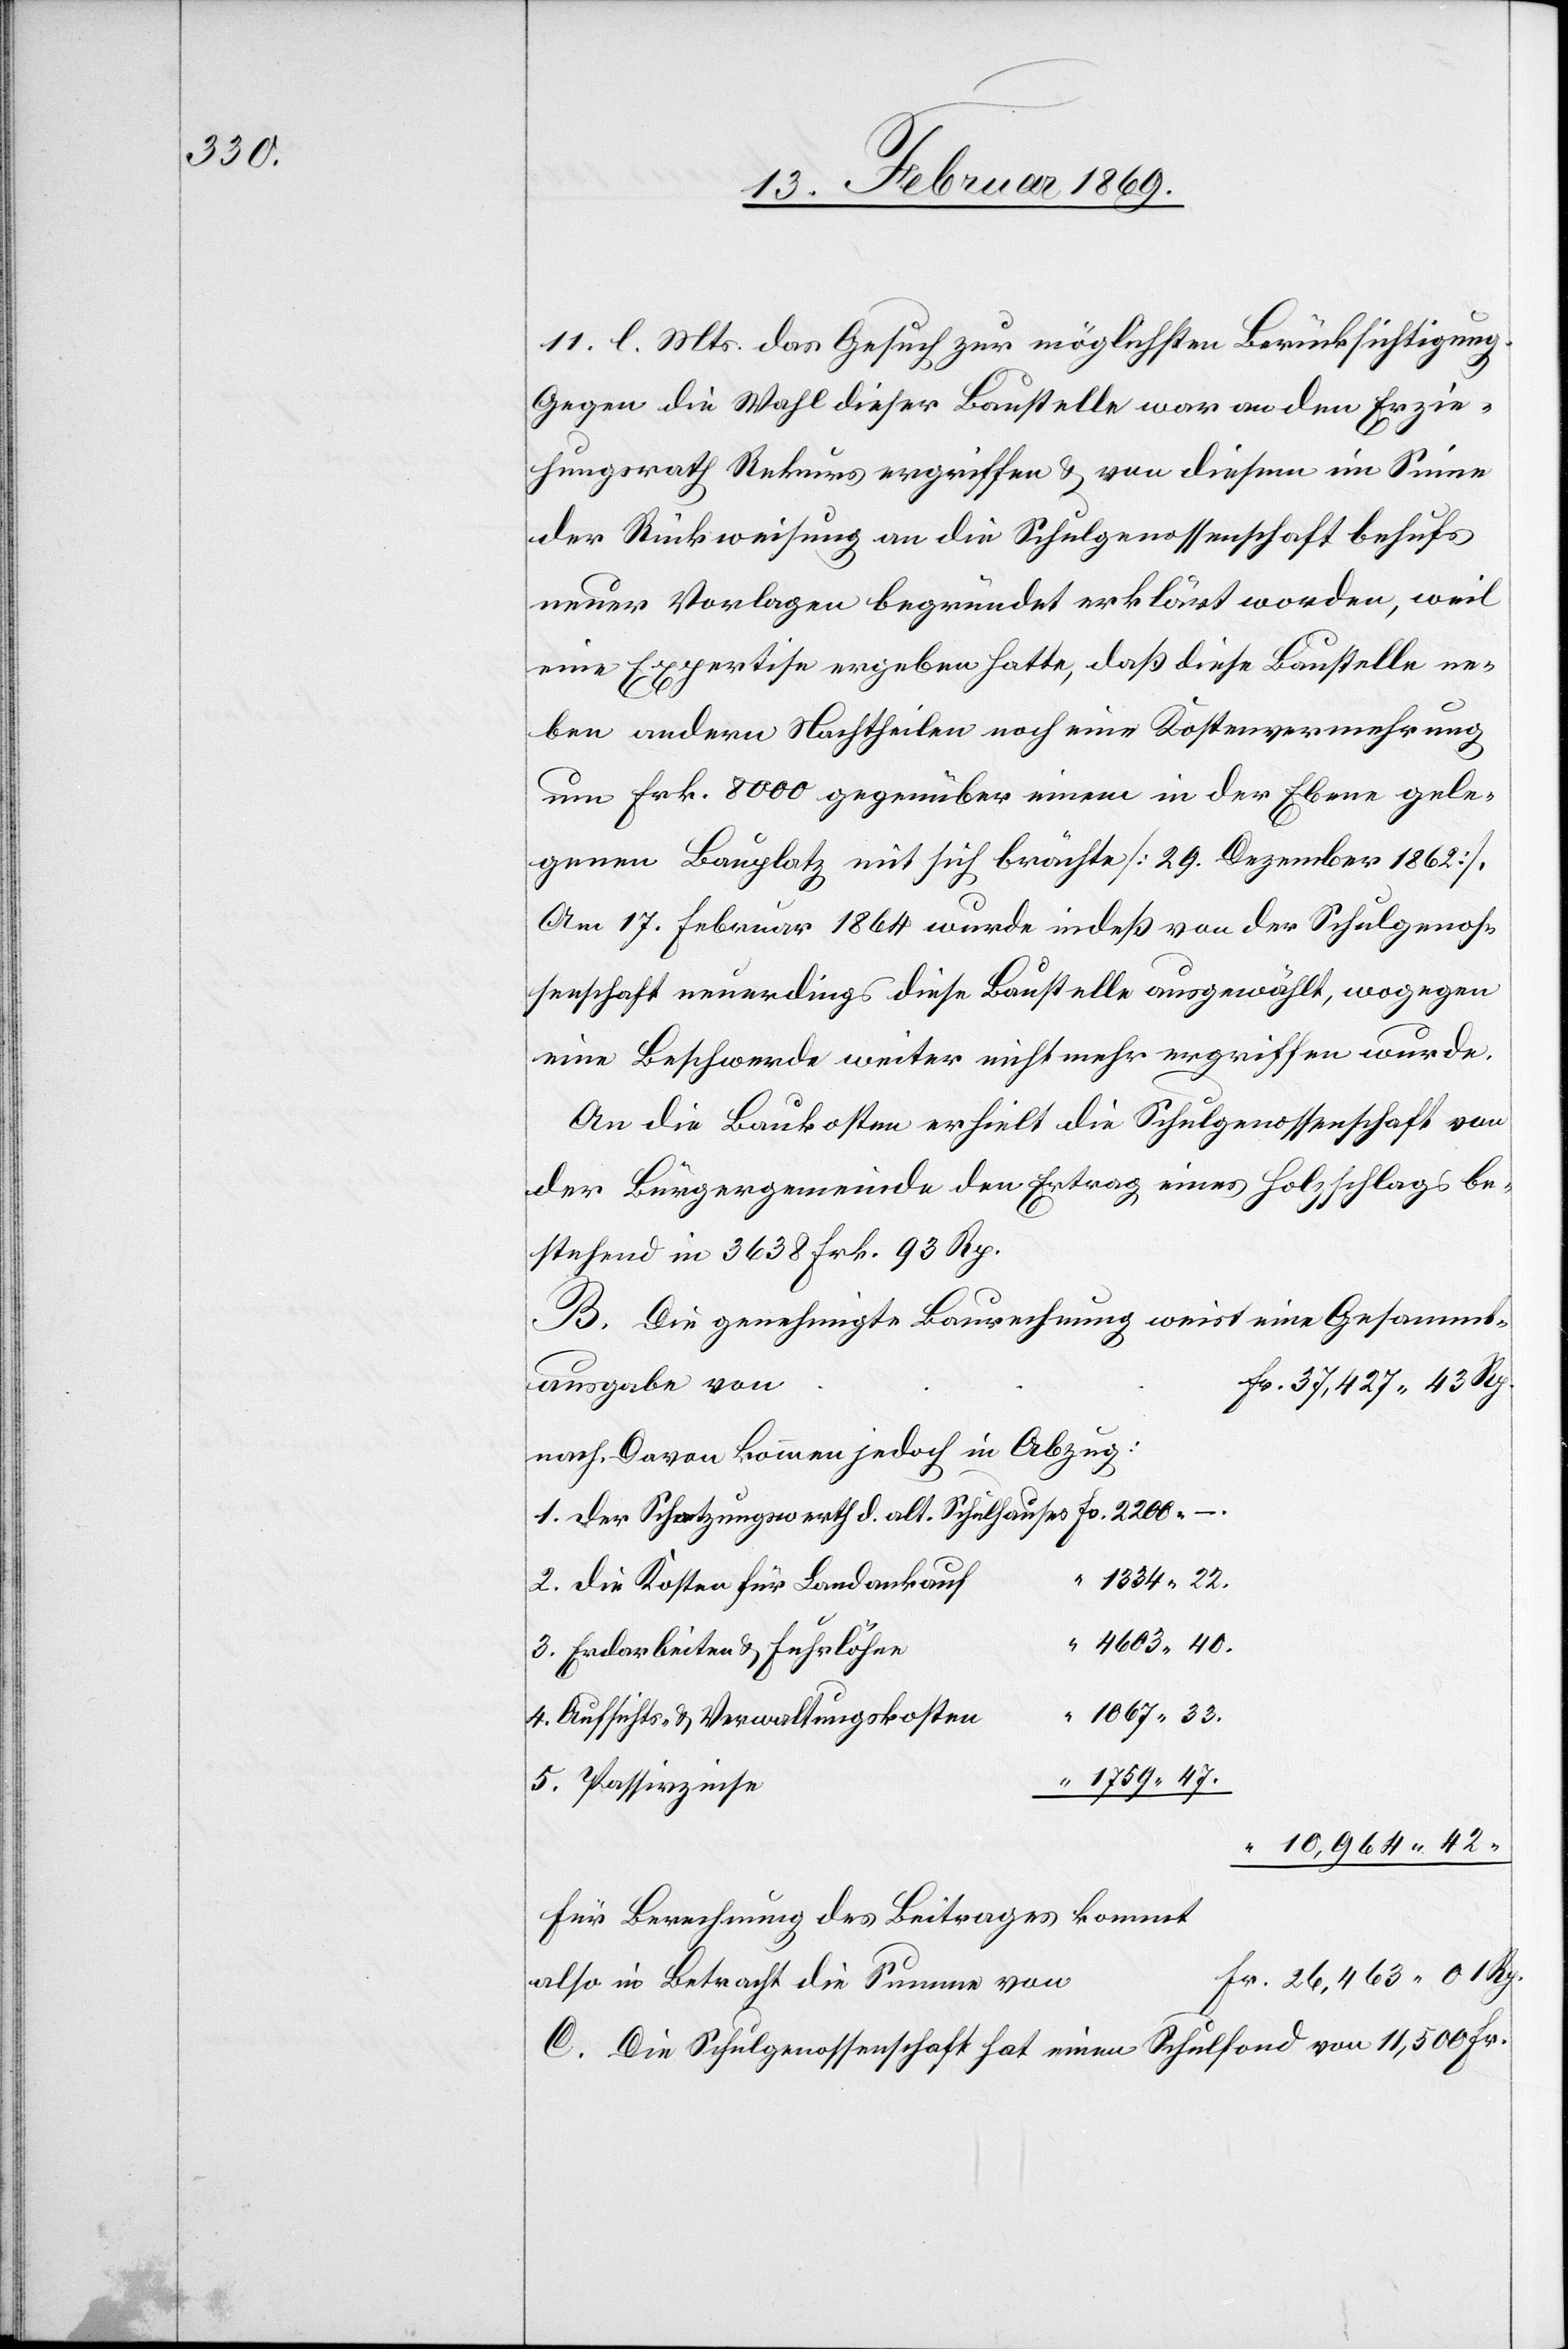
11. l. Mts. das Gesuch zur möglichsten Berücksichtigung.
Gegen die Wahl dieser Baustelle war an den Erzie¬
hungsrath Rekurs ergriffen u. von diesem im Sinne
der Rückwirkung an die Schulgenossenschaft behufs
neuer Vorlagen begründet erklärt worden, weil
eine Expertise ergeben hatte, daß diese Baustelle ne¬
ben andern Nachtheilen noch eine Kostenvermehrung
um Frk. 8000 gegenüber einem in der Ebene gele¬
genen Bauplatz mit sich brächte [29. Dezember 1862].
Am 17. Februar 1864 wurde indeß von der Schulgenoß¬
enschaft neuerdings diese Baustelle ausgewählt, wogegen
eine Beschwerde weiter nicht mehr ergriffen wurde.
An die Baukosten erhielt die Schulgenossenschaft von
der Bürgergemeinde den Ertrag eines Holzschlags be¬
stehend in 3638 Frk. 93 Rp.
B. Die genehmigte Baurechnung weist eine Gesammt¬
ausgabe vo¬
n	Fr. 37,427.43 Rp.
nach. Davon kommen jedoch Abzug:
1. Der Schatzungswerth d. alt. Schulhauses 		Fr. 	2200.
“	1334.22.
2. Die Kosten für Landankauf
“	4603.40.
3. Erdarbeiten u. Fuhrlöhne
“	1067.33.
4. Aufsichts- u. Verwaltungskosten
5. Passivzinse
“ 10,964.42.
für Berechnung des Beitrages kommt
r. 26,463.01 Rp.
also in Betracht die Summe von	F¬
C. Die Schulgenossenschaft hat einen Schulfond von 11,500 Fr.